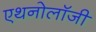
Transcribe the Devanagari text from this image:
एथनोलॉजी